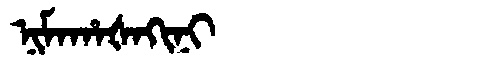
Manchu: ᠨᡳᠮᠠᡥᠠᡧᠠᡴᡳᠨᡳ
Romanization: NIMAHAŠAKINI